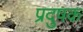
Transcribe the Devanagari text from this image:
प्रदुषक